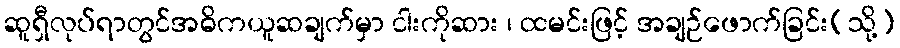
ဆူရှီလုပ်ရာတွင်အဓိကယူဆချက်မှာ ငါးကိုဆား ၊ ထမင်းဖြင့် အချဉ်ဖောက်ခြင်း(သို့)